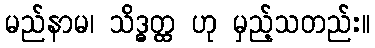
မည်နာမ၊ သိဒ္ဓတ္ထ ဟု မှည့်သတည်း။